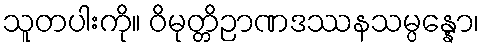
သူတပါးကို။ ဝိမုတ္တိဉာဏဒဿနသမ္ပန္နော၊